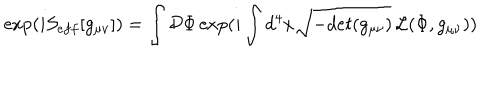
\exp ( i { \cal S } _ { e f f } [ g _ { \mu \nu } ] ) = \int { \cal D } \Phi \exp ( i \int d ^ { 4 } x \sqrt { - d e t ( g _ { \mu \nu } ) } \, { \cal L } ( \Phi , g _ { \mu \nu } ) )